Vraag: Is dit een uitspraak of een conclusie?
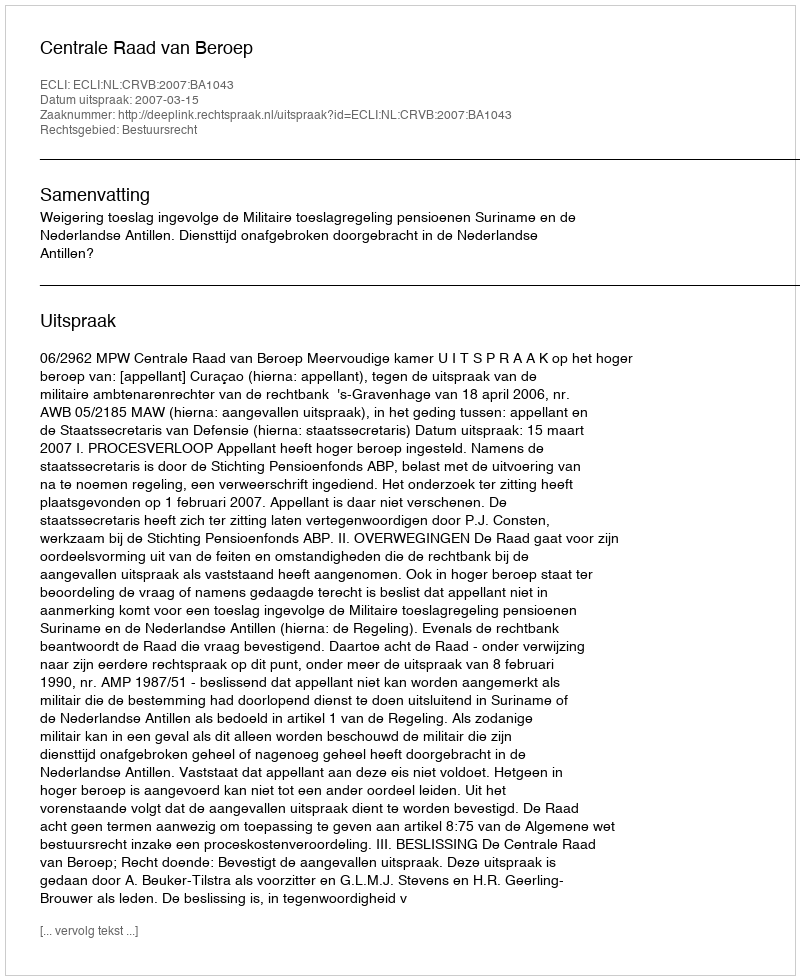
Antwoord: Uitspraak